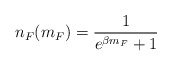
\begin{align*}n_F(m_F)={1\over e^{\beta m_F}+1}\end{align*}